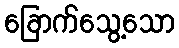
ခြောက်သွေ့သော